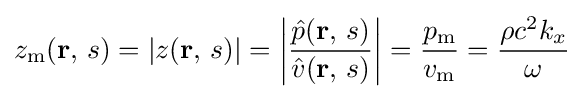
z_{\mathrm {m} }(\mathbf {r} ,\,s)=|z(\mathbf {r} ,\,s)|=\left|{\frac {{\hat {p}}(\mathbf {r} ,\,s)}{{\hat {v}}(\mathbf {r} ,\,s)}}\right|={\frac {p_{\mathrm {m} }}{v_{\mathrm {m} }}}={\frac {\rho c^{2}k_{x}}{\omega }}